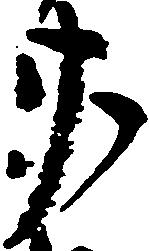
廿